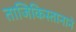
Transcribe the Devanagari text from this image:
ताजिकिस्तानाने